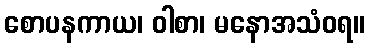
စောပနကာယ၊ ဝါစာ၊ မနောအသံဝရ။